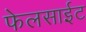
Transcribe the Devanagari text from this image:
फेलसाईट